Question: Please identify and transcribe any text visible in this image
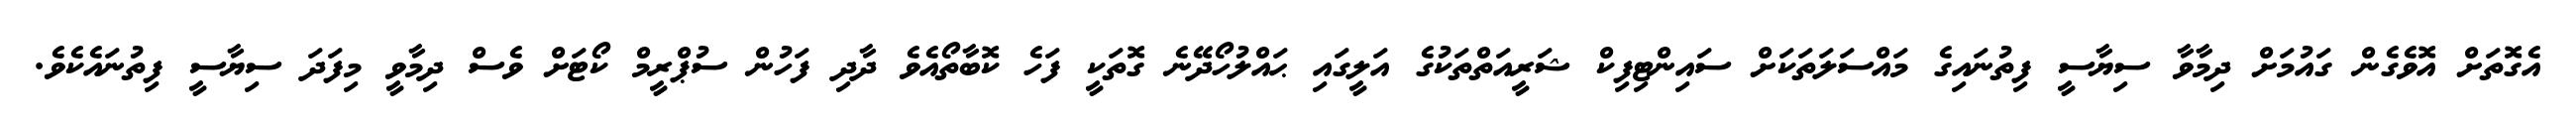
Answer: އެގޮތަށް އޮވެގެން ގައުމަށް ދިމާވާ ސިޔާސީ ފިތުނައިގެ މައްސަލަތަކަށް ސައިންޓިފިކް ޝަރީއަތްތަކުގެ އަލީގައި ޙައްލުހޯދޭނެ ގޮތަކީ ފަހެ ކޮބާތޯއެވެ ދާދި ފަހުން ސުޕްރީމް ކޯޓަށް ވެސް ދިމާވީ މިފަދަ ސިޔާސީ ފިތުނައެކެވެ.